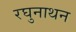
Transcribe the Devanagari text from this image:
रघुनाथन